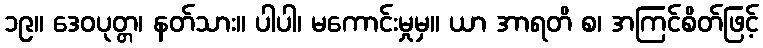
၁၉။ ဒေဝပုတ္တ၊ နတ်သား။ ပါပါ၊ မကောင်းမှုမှ။ ယာ အာရတိ စ၊ အကြင်စိတ်ဖြင့်